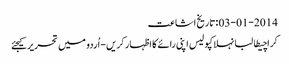
03-01-2014 :تاریخ اشاعت
کراچیطالبانہلاکپولیس اپنی رائے کا اظہار کریں - اُردو میں تحریر کیجئے